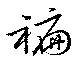
褊